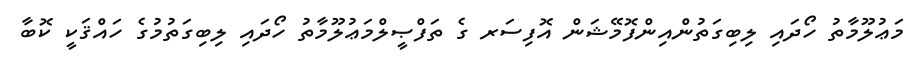
މަޢުލޫމާތު ހޯދައި ލިބިގަތުންއިންފޮމޭޝަން އޮފިސަރ ގެ ތަފްޞީލްމަޢުލޫމާތު ހޯދައި ލިބިގަތުމުގެ ހައްޤަކީ ކޮބާ